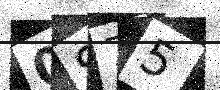
Text: 0S75